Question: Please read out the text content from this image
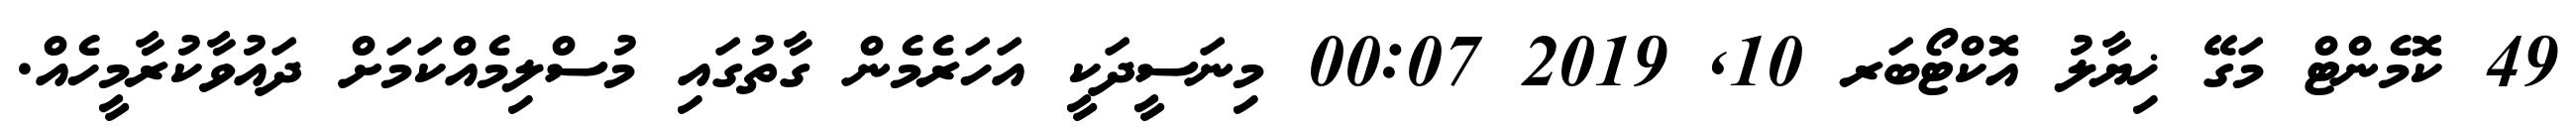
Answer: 49 ކޮމެންޓް މަގޭ ޚިޔާލު އޮކްޓޯބަރ 10, 2019 00:07 މިނަސީދަކީ އަހަރެމެން ގާތުގައި މުސްލިމެއްކަމަށް ދައުވާކުރާމީހެއް.